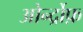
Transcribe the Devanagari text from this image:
ओर्न्द्रोफ़